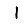
Digit: 1